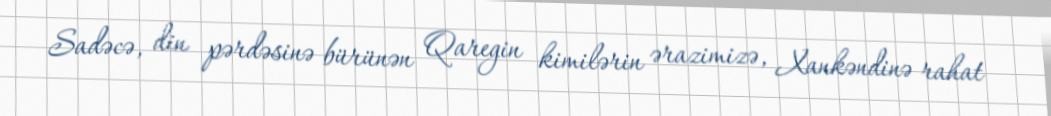
Sadəcə, din pərdəsinə bürünən Qaregin kimilərin ərazimizə, Xankəndinə rahat